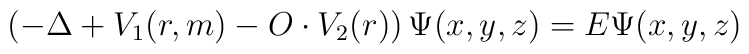
\left( -\Delta +V_1(r,m)-O\cdot V_2(r)\right) \Psi (x,y,z)=E\Psi(x,y,z)